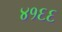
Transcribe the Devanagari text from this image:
४१६६